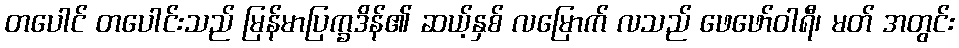
တပေါင် တပေါင်းသည် မြန်မာပြက္ခဒိန်၏ ဆယ့်နှစ် လမြောက် လသည် ဖေဖော်ဝါရီ၊ မတ် အတွင်း